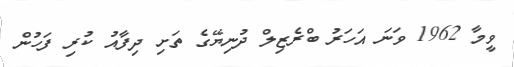
ވީމާ 1962 ވަނަ އަހަރު ބްރެޒިލް ދުނިޔޭގެ ތަށި ދިފާއު ކުރި ފަހުން